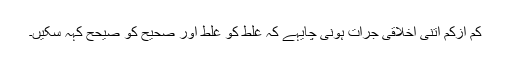
کم ازکم اتنی اخلاقی جرات ہونی چایہے کہ غلط کو غلط اور صحیح کو صیحح کہہ سکیں۔